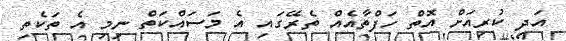
އަދި ކުރިއަށް އޮތް ހަފްތާއެއް ތެރޭގައި އެ މަސައްކަތް ނިމި އެ ތަކެތި